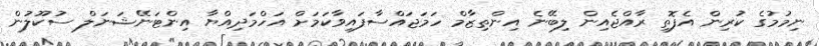
ނިމުމުގެ ކުރިން އެފޮތި ރާއްޖެއިން ލިބޭނެ އިންތިޒާމް ހަމަޖައްސާފައިވާކަމަށް އަހްމަދިއްޔާ އިންޓަނޭޝަނަލް ސުކޫލުން